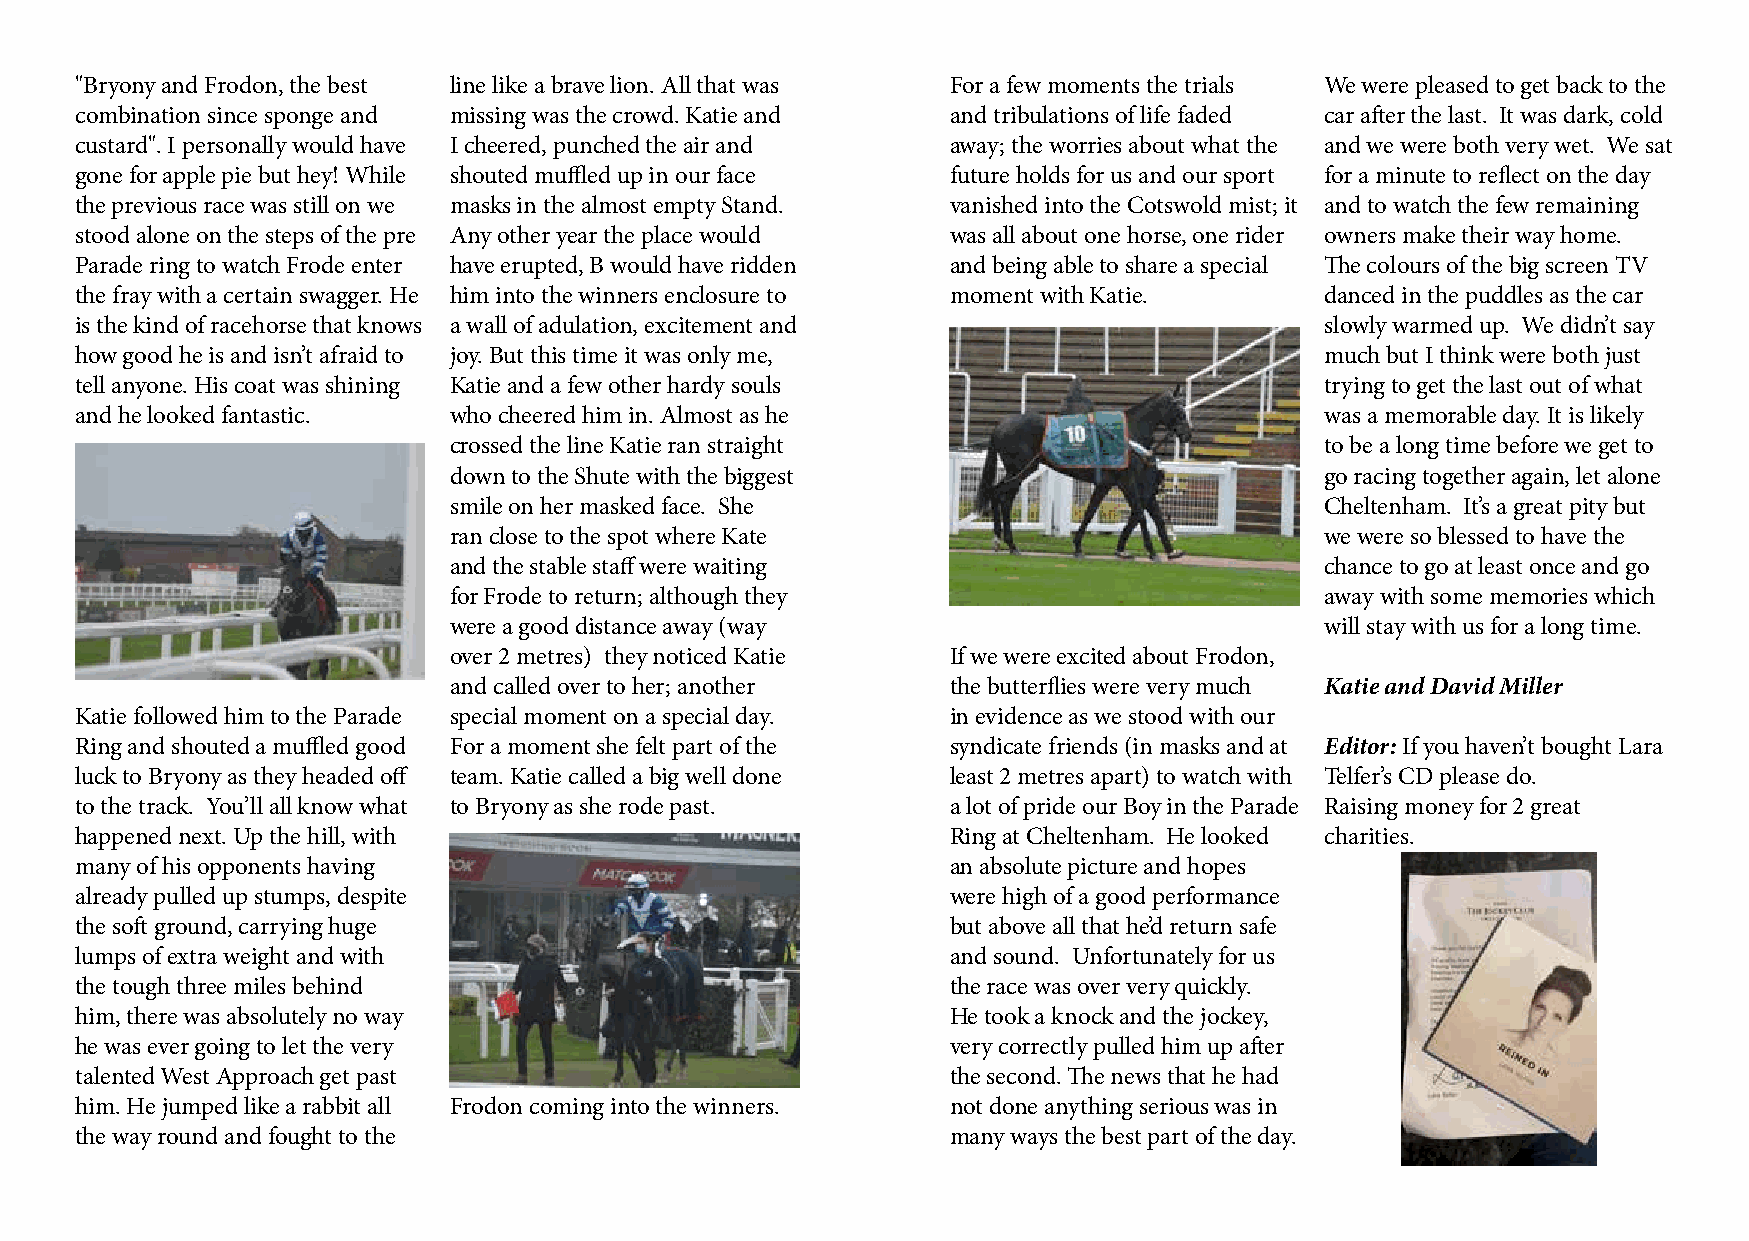
"Bryony and Frodon, the best line like a brave lion. All that was For a few moments the trials We were pleased to get back to the
 combination since sponge and missing was the crowd. Katie and and tribulations of life faded car after the last. It was dark, cold
 custard". I personally would have I cheered, punched the air and away; the worries about what the and we were both very wet. We sat
 gone for apple pie but hey! While shouted muffled up in our face future holds for us and our sport for a minute to reflect on the day
 the previous race was still on we masks in the almost empty Stand. vanished into the Cotswold mist; it and to watch the few remaining
 stood alone on the steps of the pre Any other year the place would was all about one horse, one rider owners make their way home.
 Parade ring to watch Frode enter have erupted, B would have ridden and being able to share a special The colours of the big screen TV
 the fray with a certain swagger. He him into the winners enclosure to moment with Katie. danced in the puddles as the car
 is the kind of racehorse that knows a wall of adulation, excitement and            slowly warmed up. We didn’t say
 how good he is and isn’t afraid to joy. But this time it was only me,              much but I think were both just
 tell anyone. His coat was shining Katie and a few other hardy souls                trying to get the last out of what
 and he looked fantastic. who cheered him in. Almost as he                          was a memorable day. It is likely
 crossed the line Katie ran straight                       to be a long time before we get to
 down to the Shute with the biggest                        go racing together again, let alone
 smile on her masked face. She                             Cheltenham. It’s a great pity but
 ran close to the spot where Kate                          we were so blessed to have the
 and the stable staff were waiting                         chance to go at least once and go
 for Frode to return; although they                        away with some memories which
 were a good distance away (way                            will stay with us for a long time.
 over 2 metres) they noticed Katie If we were excited about Frodon,
 and called over to her; another  the butterflies were very much Katie and David Miller
 Katie followed him to the Parade special moment on a special day. in evidence as we stood with our
 Ring and shouted a muffled good For a moment she felt part of the syndicate friends (in masks and at Editor: If you haven’t bought Lara
 luck to Bryony as they headed off team. Katie called a big well done least 2 metres apart) to watch with Telfer’s CD please do.
 to the track. You’ll all know what to Bryony as she rode past. a lot of pride our Boy in the Parade Raising money for 2 great
 happened next. Up the hill, with                          Ring at Cheltenham. He looked charities.
 many of his opponents having                              an absolute picture and hopes
 already pulled up stumps, despite                         were high of a good performance
 the soft ground, carrying huge                            but above all that he’d return safe
 lumps of extra weight and with                            and sound. Unfortunately for us
 the tough three miles behind                              the race was over very quickly.
 him, there was absolutely no way                          He took a knock and the jockey,
 he was ever going to let the very                         very correctly pulled him up after
 talented West Approach get past                           the second. The news that he had
 him. He jumped like a rabbit all Frodon coming into the winners. not done anything serious was in
 the way round and fought to the                           many ways the best part of the day.